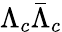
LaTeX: \Lambda_{c}\bar{\Lambda}_{c}